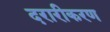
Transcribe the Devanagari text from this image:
दरारीकरण